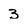
Character: 3